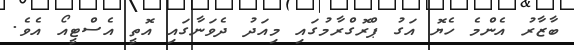
ބާޒާރު އެންމެ ހެޔޮ އަގު ޕްރޮގްރާމުގައި މިއަދު ދެވަނާގައި އޮތީ އެސްޓީއޯ އެވެ.